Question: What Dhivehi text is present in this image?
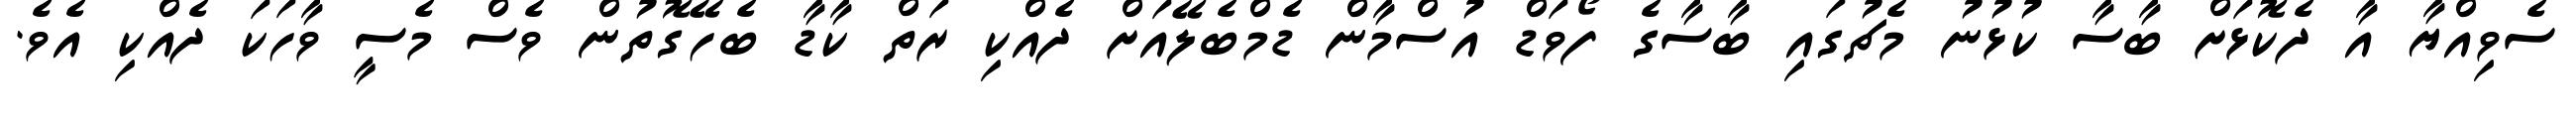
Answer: ސެވިއްޔާ އާ ދެކޮޅަށް ބާސާ ކުޅުނު މެޗުގައި ބާސާގެ ފޯވަޑް އުސްމާން ޑެމްބެލޭއަށް ދެއްކި ރަތް ކާޑާ ބެހޭގޮތުން ވެސް މެސީ ވާހަކަ ދެއްކި އެވެ.